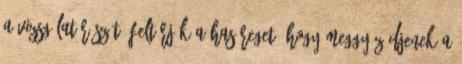
a vizsgálat részét: feltárják a hasüreget, hogy meggyőződjenek a